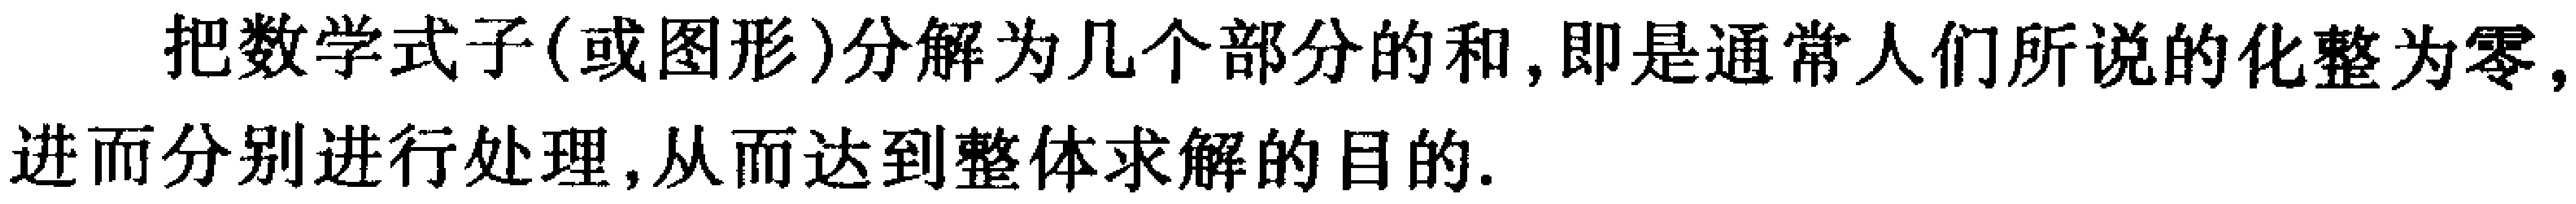
把数学式子(或图形)分解为几个部分的和,即是通常人们所说的化整为零,进而分别进行处理,从而达到整体求解的目的.